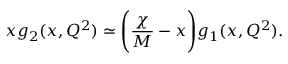
x g _ { 2 } ( x , Q ^ { 2 } ) \simeq \Bigg ( { \frac { \chi } { M } } - x \Bigg ) g _ { 1 } ( x , Q ^ { 2 } ) .